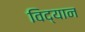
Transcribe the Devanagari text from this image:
विद्यान